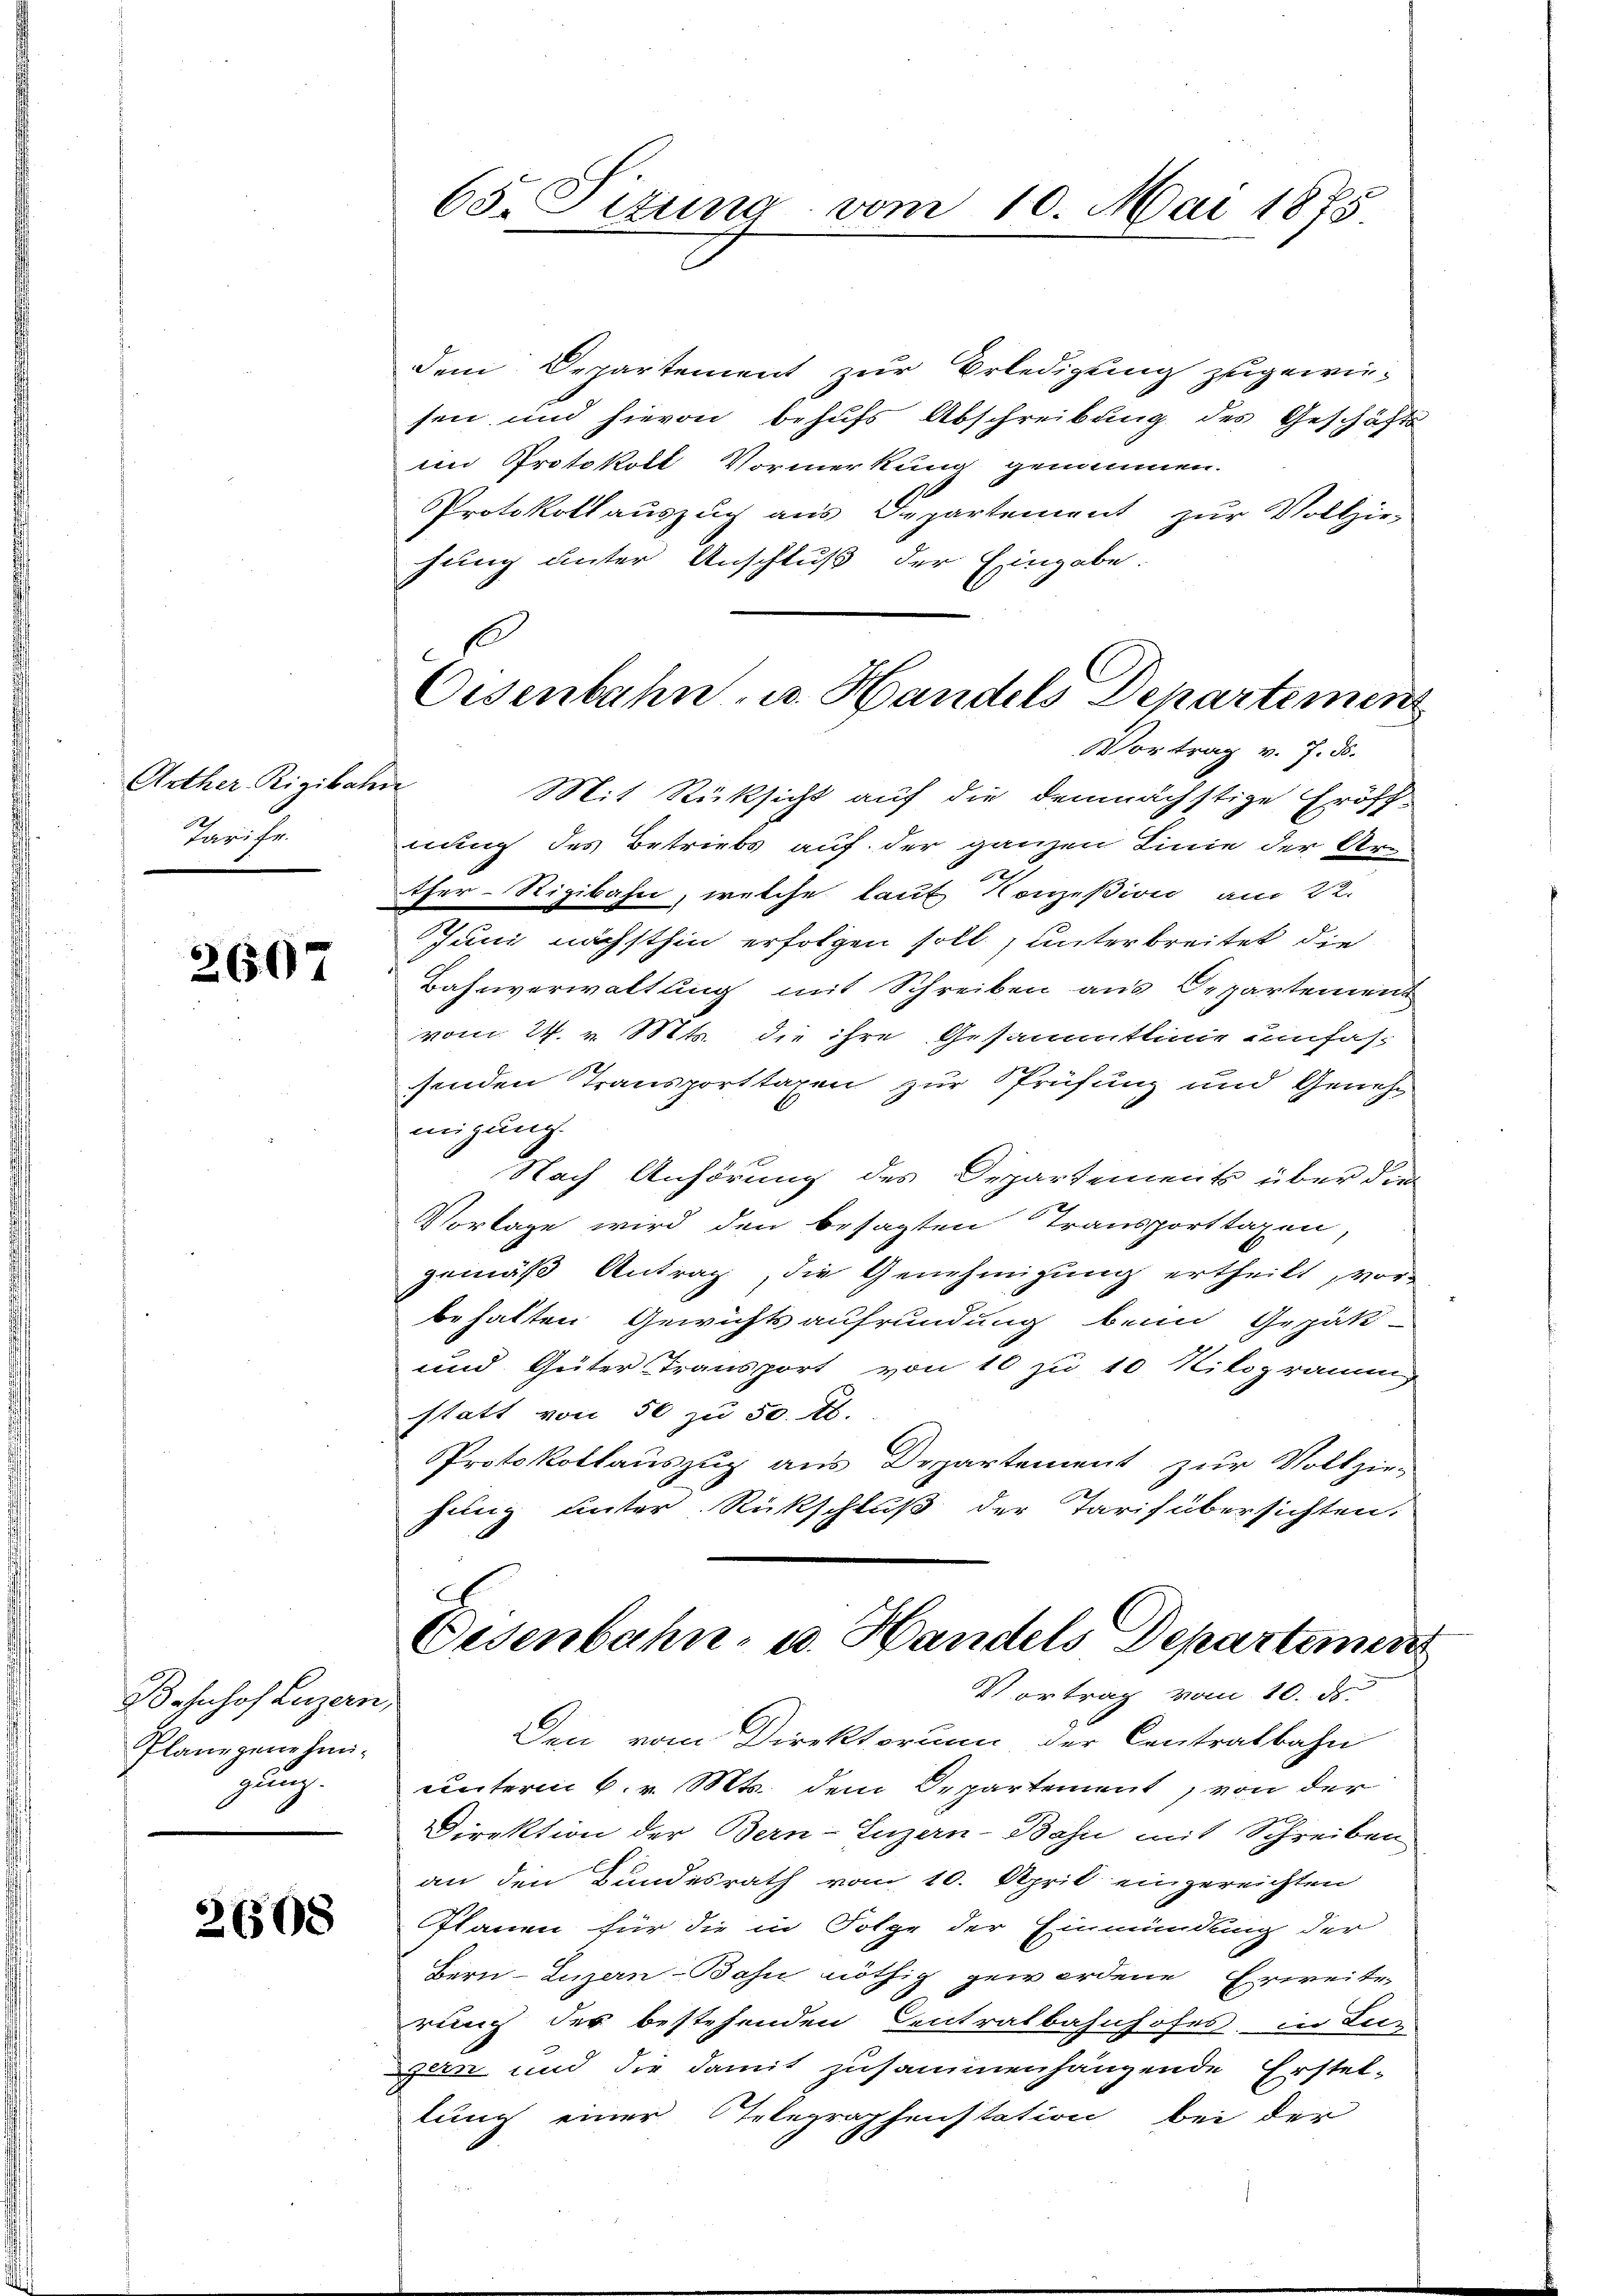
Arther Rigibahn
Tarife

8
2607

Bahnhof Luzern,
Plane genehmigung.

26508

dem Departement zur Erledigung zugewie-
sen und hievon behufs Abschreibung des Geschäfts
im Protokoll Vormerkung genommen.
Protokollauszug aus Departement zur Vollzie-
fung unter Anschluß der Eingabe.

65. Sitzung vom 10. Mai 1875

Oisenbahn- u. Handels Departement
Vortrag v. J. ds.
Mit Rüksicht auf die demnächstige Eröff-

nung des Betriebs auf der ganzen Linie der Ar¬
2
ther-Rigibahn, welche laut Conzeßion am 22.
Juni nächsthin erfolgen soll, unterbreitet die
Bahnverwaltung mit Schreiben aus Departement
vom 24. v. Mts. die ihre Gesammtlinie unfas-
senden Transporttaxen zur Prüfung und Genehmigung.
Nach Anhörung des Departements über die
Vorlage wird den besagten Transporttaxen,
gemäß Antrag, die Genehmigung ertheilt, vorbehalten Gewichtsaufrundung beim Gepät-
und Güter Transport von 10 zu 10 Kilogramms
statt von 50 zu 50. Ed.
Protokollauszug aus Departement zur Vollzie-
fung unter Rückschluß der Tarifübersichten,

Oesenbahn- u. Handels Departement
Vortrag vom 10. ds.

Den vom Direktorium der Centralbahn
unterm 6. v. Mts. dem Departement, von der
Direktion der Bern-Luzern-Bahn mit Schreiben
an den Bundesrath vom 10. April eingereichten
Planen für die in Folge der Einmündung der
Bern Luzern Bahn nöthig gewordene Erweite
rung der bestehenden Centralbahnhofes in Luz
an und die damit zusammenhängende Erstel-
lung einer Telegraphenstation bei der